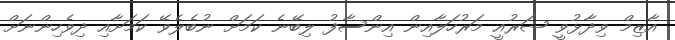
އާޒިމް ވިދާޅުވީ ޝަރުއީ މަރުހަލާއިން އިންސާފު ލިބޭނެ ކަމަށް ނުބެލެވޭ ކަމަށާއި ދިވެހިންނަށް